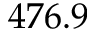
4 7 6 . 9